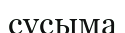
сусыма